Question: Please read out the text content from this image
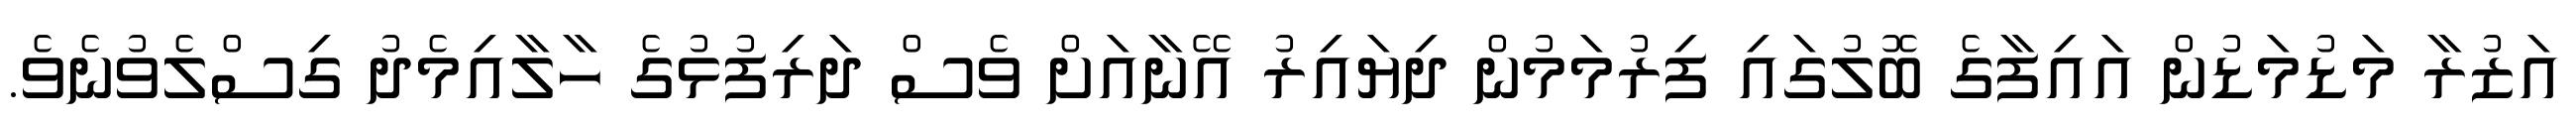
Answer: އަޒުރާ މަޑުމަޑުން އައިފާގެ ބޮލުގައި ފިރުމަމުން ދިޔައިރު އޭނާއަށް ވެސް ދަރިފުޅުގެ ހާލާއިމެދު ގިސްލެވުނެވެ.